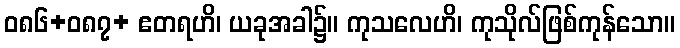
ဝ၈၆+၀၈၇+ ဧတရဟိ၊ ယခုအခါ၌။ ကုသလေဟိ၊ ကုသိုလ်ဖြစ်ကုန်သော။